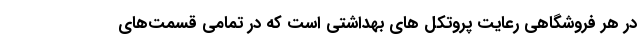
در هر فروشگاهی رعایت پروتکل های بهداشتی است که در تمامی قسمت‌های